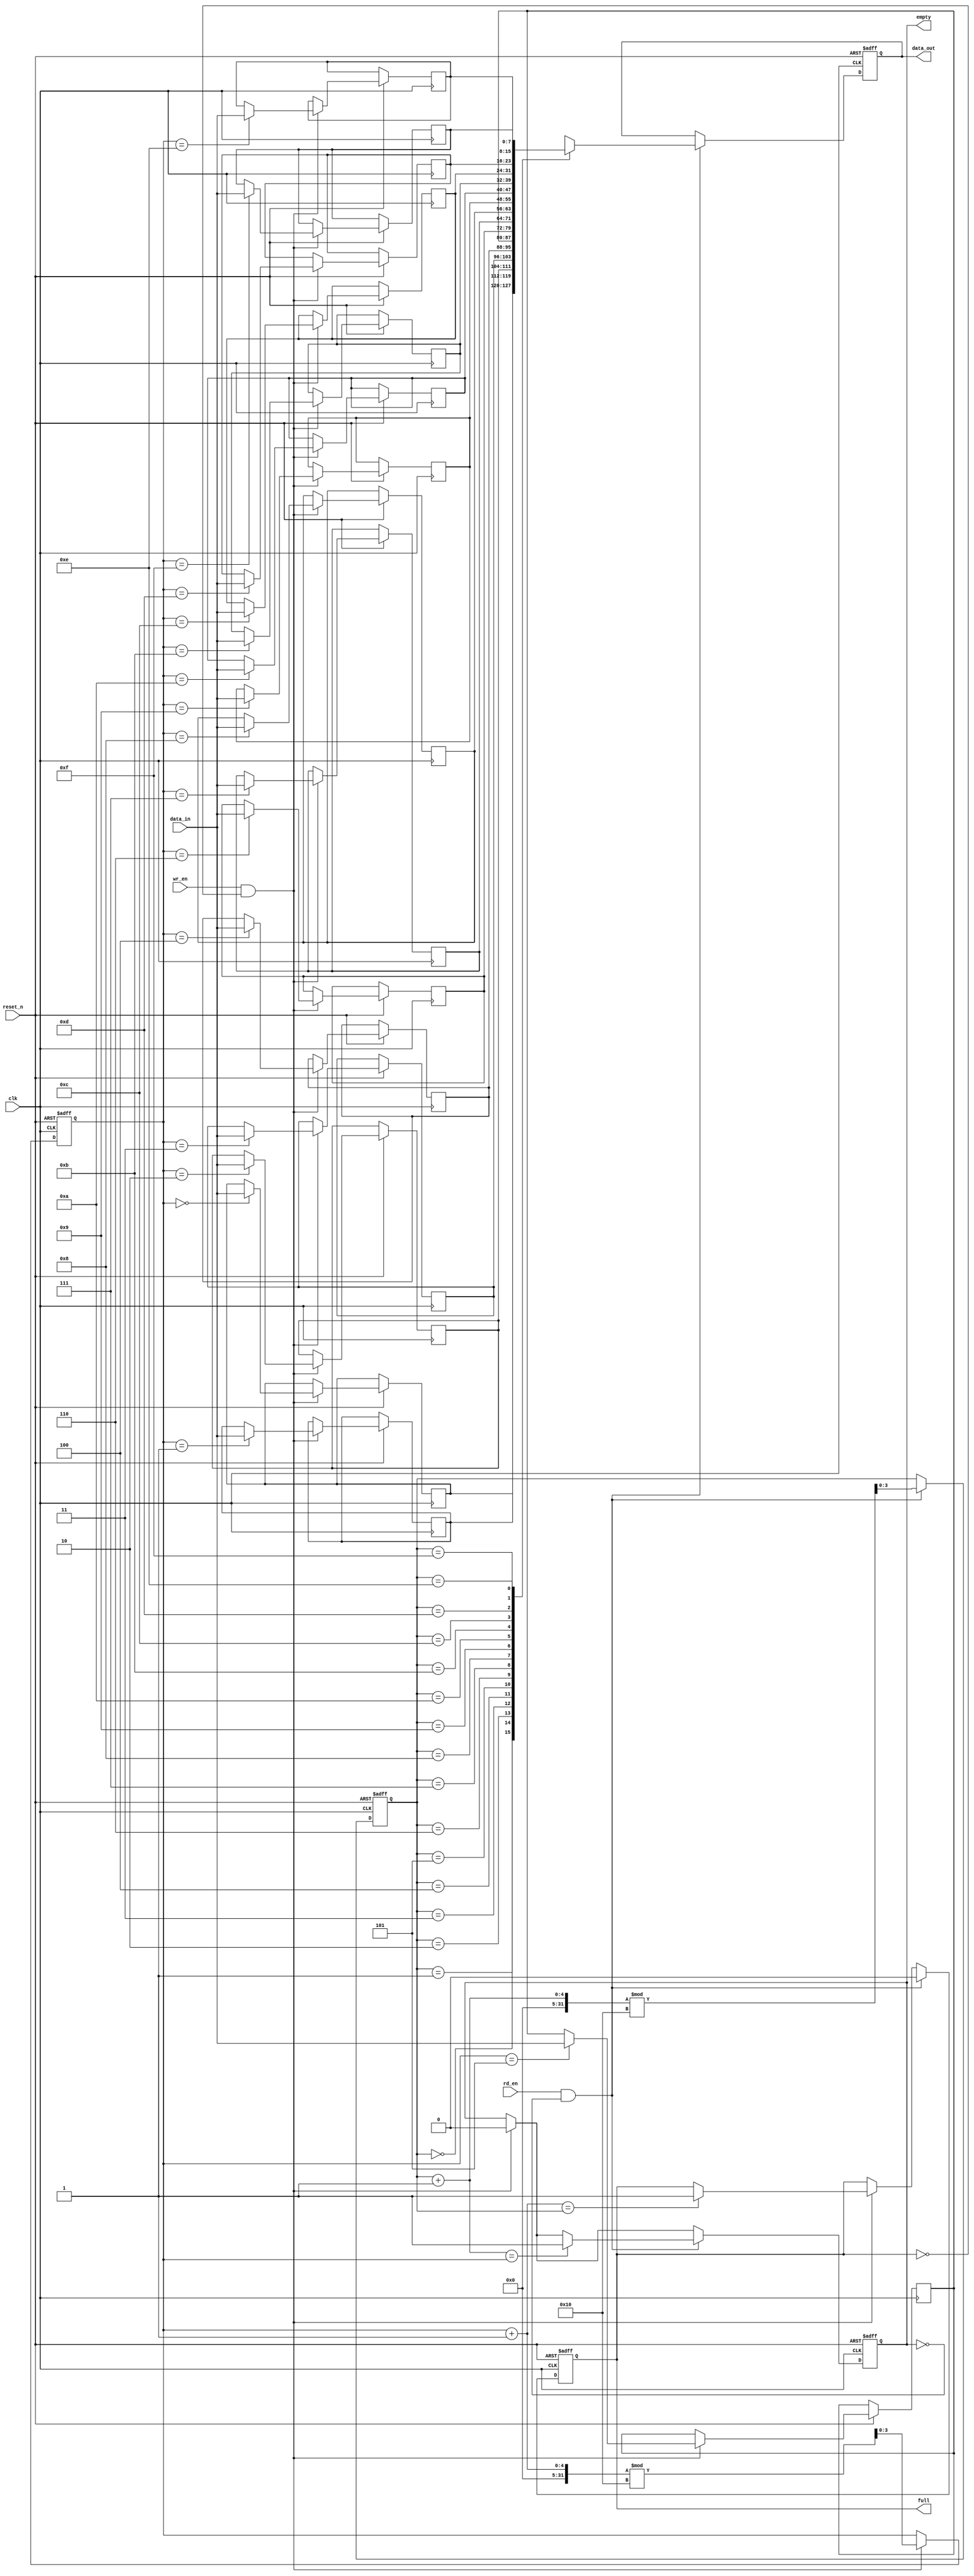
module fifo_sram #(
    parameter DEPTH = 16,    // FIFO depth (number of entries)
    parameter WIDTH = 8      // Data width (size per entry)
) (
    input wire clk,                // Clock signal
    input wire reset_n,            // Asynchronous reset (active low)
    input wire wr_en,              // Write enable
    input wire rd_en,              // Read enable
    input wire [WIDTH-1:0] data_in, // Data input
    output reg [WIDTH-1:0] data_out, // Data output
    output reg full,               // FIFO full flag
    output reg empty               // FIFO empty flag
);

    // Internal memory array
    reg [WIDTH-1:0] mem [0:DEPTH-1];

    // Pointers for reading and writing
    reg [clog2(DEPTH)-1:0] write_ptr;
    reg [clog2(DEPTH)-1:0] read_ptr;

    // Function to calculate log2
    function integer clog2(input integer n);
        begin
            n = n - 1;
            for (clog2 = 0; n > 0; clog2 = clog2 + 1)
                n = n >> 1;
        end
    endfunction

    // Asynchronous reset and FIFO read/write operations
    always @(posedge clk or negedge reset_n) begin
        if (!reset_n) begin
            write_ptr <= 0;
            read_ptr <= 0;
            full <= 0;
            empty <= 1;
            data_out <= 0;
        end else begin
            // Writing data
            if (wr_en && !full) begin
                mem[write_ptr] <= data_in; // Store data in memory
                write_ptr <= (write_ptr + 1) % DEPTH; // Circular increment

                // Update full flag
                if (write_ptr + 1 == read_ptr) begin
                    full <= 1;
                end
                empty <= 0; // There's data to read
            end

            // Reading data
            if (rd_en && !empty) begin
                data_out <= mem[read_ptr]; // Retrieve data from memory
                read_ptr <= (read_ptr + 1) % DEPTH; // Circular increment

                // Update empty flag
                if (read_ptr + 1 == write_ptr) begin
                    empty <= 1;
                end
                full <= 0; // There's space for more data
            end
        end
    end
    
endmodule